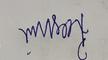
Signature authenticity: forged